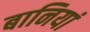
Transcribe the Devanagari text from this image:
बानियां